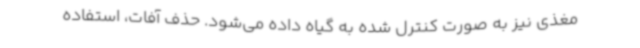
مغذی نیز به صورت کنترل شده به گیاه داده می‌شود. حذف آفات، استفاده